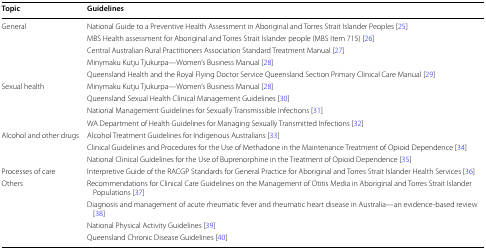
<table><thead><tr><td><b>Topic</b></td><td><b>Guidelines</b></td></tr></thead><tbody><tr><td rowspan="5">General</td><td>National Guide to a Preventive Health Assessment in Aboriginal and Torres Strait Islander Peoples [25]</td></tr><tr><td>MBS Health assessment for Aboriginal and Torres Strait Islander people (MBS Item 715) [26]</td></tr><tr><td>Central Australian Rural Practitioners Association Standard Treatment Manual [27]</td></tr><tr><td>Minymaku Kutju Tjukurpa—Women’s Business Manual [28]</td></tr><tr><td>Queensland Health and the Royal Flying Doctor Service Queensland Section Primary Clinical Care Manual [29]</td></tr><tr><td rowspan="4">Sexual health</td><td>Minymaku Kutju Tjukurpa—Women’s Business Manual [28]</td></tr><tr><td>Queensland Sexual Health Clinical Management Guidelines [30]</td></tr><tr><td>National Management Guidelines for Sexually Transmissible Infections [31]</td></tr><tr><td>WA Department of Health Guidelines for Managing Sexually Transmitted Infections [32]</td></tr><tr><td rowspan="3">Alcohol and other drugs</td><td>Alcohol Treatment Guidelines for Indigenous Australians [33]</td></tr><tr><td>Clinical Guidelines and Procedures for the Use of Methadone in the Maintenance Treatment of Opioid Dependence [34]</td></tr><tr><td>National Clinical Guidelines for the Use of Buprenorphine in the Treatment of Opioid Dependence [35]</td></tr><tr><td>Processes of care</td><td>Interpretive Guide of the RACGP Standards for General Practice for Aboriginal and Torres Strait Islander Health Services [36]</td></tr><tr><td rowspan="4">Others</td><td>Recommendations for Clinical Care Guidelines on the Management of Otitis Media in Aboriginal and Torres Strait Islander Populations [37]</td></tr><tr><td>Diagnosis and management of acute rheumatic fever and rheumatic heart disease in Australia—an evidence-based review [38]</td></tr><tr><td>National Physical Activity Guidelines [39]</td></tr><tr><td>Queensland Chronic Disease Guidelines [40]</td></tr></tbody></table>